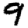
Digit: 9